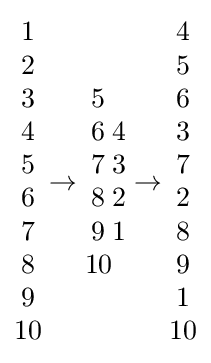
{\begin{matrix}1\\2\\3\\4\\5\\6\\7\\8\\9\\10\end{matrix}}\to {\begin{matrix}5\\6\\7\\8\\9\\10\end{matrix}}{\begin{matrix}4\\3\\2\\1\end{matrix}}\to {\begin{matrix}4\\5\\6\\3\\7\\2\\8\\9\\1\\10\end{matrix}}